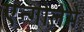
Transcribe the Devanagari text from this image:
एन्गोलेमे